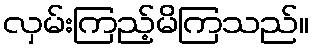
လှမ်းကြည့်မိကြသည်။